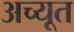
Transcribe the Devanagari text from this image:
अच्यूत